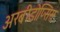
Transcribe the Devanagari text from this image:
अरबीडोप्सिस